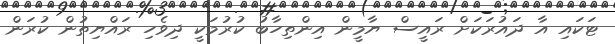
ޓަކައި އާ ދައުރަކަށް ރައީސް ޔާމީން އިންތިހާބު ކުރުމަކީ ދިވެހި ރައްޔިތުން ކުރަން